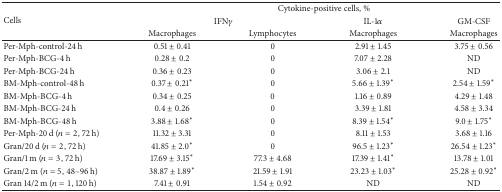
| <ROWSPAN=3> Cells | <COLSPAN=4> Cytokine-positive cells, % |
 | <COLSPAN=2> IFNγ | IL-1α | GM-CSF |
 | Macrophages | Lymphocytes | Macrophages | Macrophages |
 | --- | --- | --- | --- | --- |
 | Per-Mph-control-24 h | 0.51 ± 0.41 | 0 | 2.91 ± 1.45 | 3.75 ± 0.56 |
 | Per-Mph-BCG-4 h | 0.28 ± 0.2 | 0 | 7.07 ± 2.28 | ND |
 | Per-Mph-BCG-24 h | 0.36 ± 0.23 | 0 | 3.06 ± 2.1 | ND |
 | BM-Mph-control-48 h | 0.37 ± 0.21∗ | 0 | 5.66 ± 1.39∗ | 2.54 ± 1.59∗ |
 | BM-Mph-BCG-4 h | 0.34 ± 0.25 | 0 | 1.16 ± 0.89 | 4.29 ± 1.48 |
 | BM-Mph-BCG-24 h | 0.4 ± 0.26 | 0 | 3.39 ± 1.81 | 4.58 ± 3.34 |
 | BM-Mph-BCG-48 h | 3.88 ± 1.68∗ | 0 | 8.39 ± 1.54∗ | 9.0 ± 1.75∗ |
 | Per-Mph-20 d (n = 2, 72 h) | 11.32 ± 3.31 | 0 | 8.11 ± 1.53 | 3.68 ± 1.16 |
 | Gran/20 d (n = 2, 72 h) | 41.85 ± 2.0∗ | 0 | 96.5 ± 1.23∗ | 26.54 ± 1.23∗ |
 | Gran/1 m (n = 3, 72 h) | 17.69 ± 3.15∗ | 77.3 ± 4.68 | 17.39 ± 1.41∗ | 13.78 ± 1.01 |
 | Gran/2 m (n = 5, 48–96 h) | 38.87 ± 1.89∗ | 21.59 ± 1.91 | 23.23 ± 1.03∗ | 25.28 ± 0.92∗ |
 | Gran 14/2 m (n = 1, 120 h) | 7.41 ± 0.91 | 1.54 ± 0.92 | ND | ND |